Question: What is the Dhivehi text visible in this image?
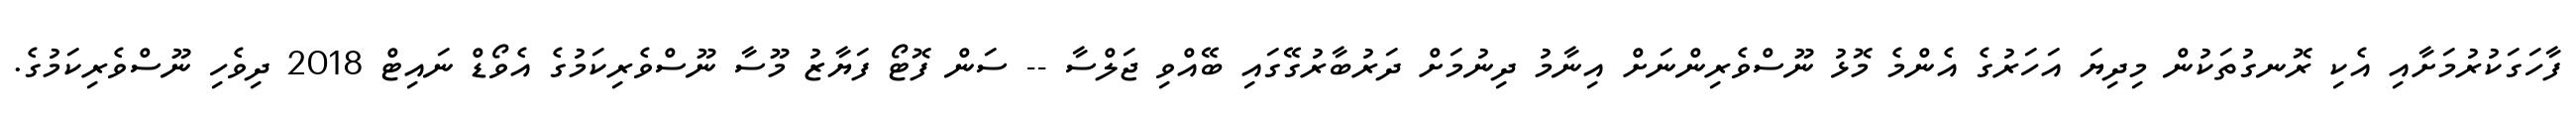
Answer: ފާހަގަކުރުމަށާއި އެކި ރޮނގުތަކުން މިދިޔަ އަހަރުގެ އެންމެ މޮޅު ނޫސްވެރިންނަށް އިނާމު ދިނުމަށް ދަރުބާރުގޭގައި ބޭއްވި ޖަލްސާ -- ސަން ފޮޓޯ ފަޔާޒު މޫސާ ނޫސްވެރިކަމުގެ އެވޯޑް ނައިޓް 2018 ދިވެހި ނޫސްވެރިކަމުގެ.